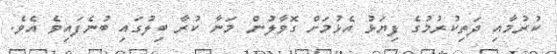
ކުރުމާއި ދަތިކުރުމުގެ ފިޔަަޅު އެޅުމަށް ގޮވާލުން މަނާ ކުރާ ބިލުގައި ބުނެފައިވެ އެވެ.